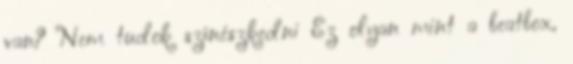
van? Nem tudok színészkedni Ez olyan mint a beatbox,